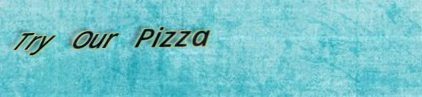
Try Our Pizza